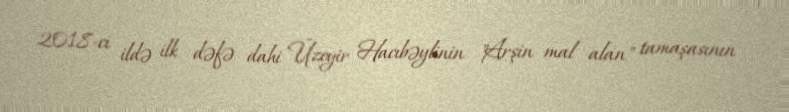
2018-ci ildə ilk dəfə dahi Üzeyir Hacıbəylinin "Arşin mal alan" tamaşasının